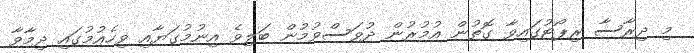
މި ދިރާސާ ރިޕޯޓުގައިވާ ގޮތުން އުމުރުން ދުވަސްވުމުން ބަލިވެ އިނުމުގަޔާއި ވިހެއުމުގައި ދިމާވާ